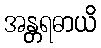
အန္တရဓာယိ